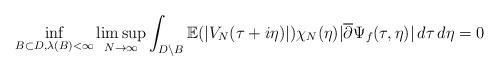
LaTeX: \begin{align*} \inf_{B\subset D, \lambda(B)<\infty} \limsup_{N\to\infty}\int_{D \setminus B}\mathbb{E}(|V_{N}(\tau+i\eta)|)\chi_{N}(\eta)|\overline{\partial}\Psi_{f}(\tau,\eta)|\,d\tau\,d\eta = 0 \end{align*}